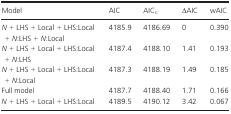
| Model | AIC | AICc | ΔAIC | wAIC |
 | --- | --- | --- | --- | --- |
 | N + LHS + Local + LHS:Local + N:LHS + N:Local | 4185.9 | 4186.69 | 0 | 0.390 |
 | N + LHS + Local + LHS:Local + N:LHS | 4187.4 | 4188.10 | 1.41 | 0.193 |
 | N + LHS + Local + LHS:Local + N:Local | 4187.3 | 4188.19 | 1.49 | 0.185 |
 | Full model | 4187.7 | 4188.40 | 1.71 | 0.166 |
 | N + LHS + Local + LHS:Local | 4189.5 | 4190.12 | 3.42 | 0.067 |